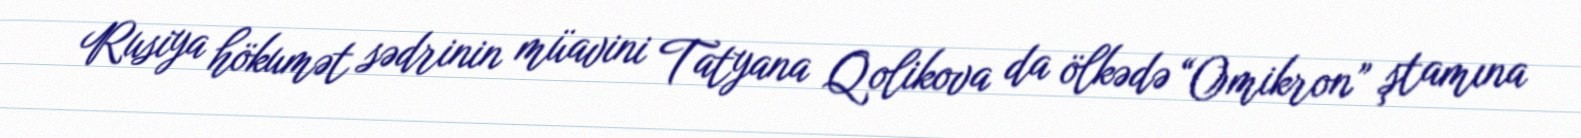
Rusiya hökumət sədrinin müavini Tatyana Qolikova da ölkədə “Omikron” ştamına